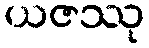
ယဇဿု